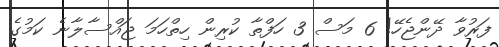
ފަރުވާ ދޭންޖެހޭ! 6 މަސް 3 ހަފްތާ ކުރިން ހިތްހަމަ ޖައްސާލާނެ ކަމުގެ